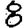
Digit: 8